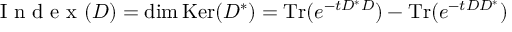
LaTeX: { \textrm { I n d e x } } ( D ) = \dim \mathrm { { K e r } } ( D ^ { * } ) = \mathrm { { T r } } ( e ^ { - t D ^ { * } D } ) - \mathrm { { T r } } ( e ^ { - t D D ^ { * } } )